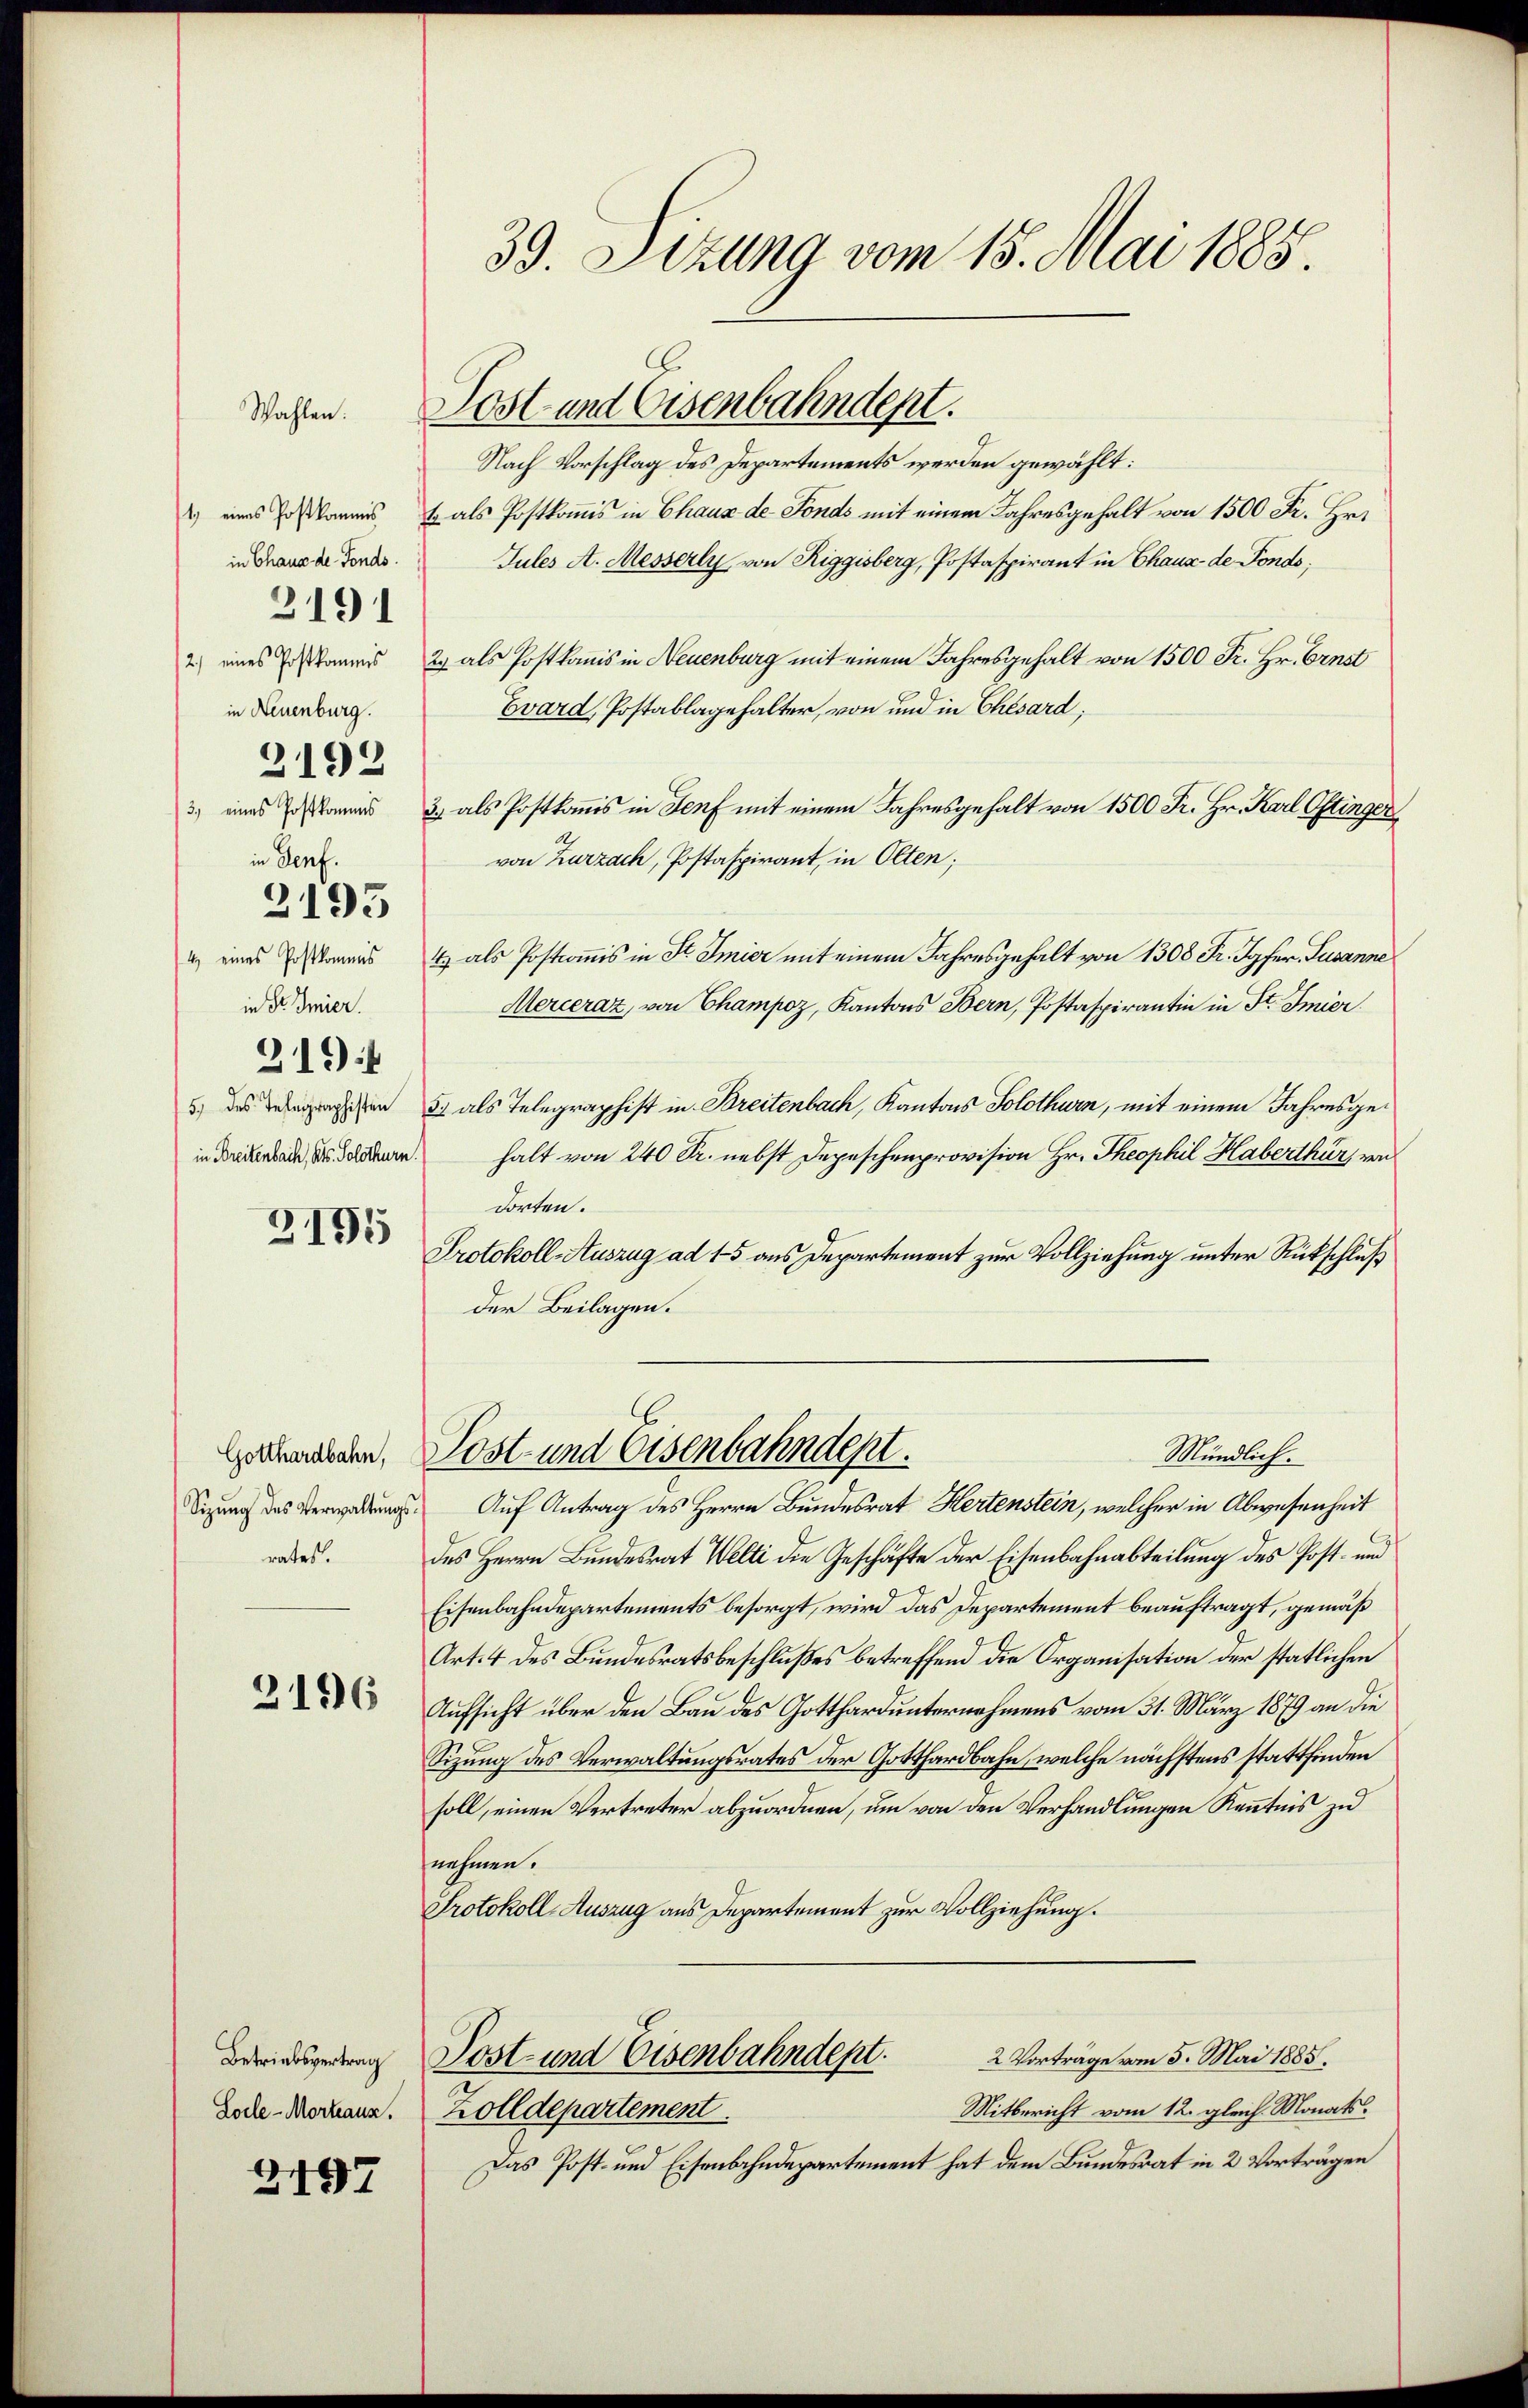
in Chaus de Fonds.
3191
in Neuenburg.
in Genf.
2193
in Dr Smier.
319
in Breitenbach, Kts. Solothurn.

Wahlen.

2192

3191

Gotthardbahn,
Sizung des Verwaltungs
rates.

3196

Betriebsvertrag
Locle-Mortiaus.

2197

39. Sizung vom 15. Mai 1885.

) eines Jostkammes & als Postkomis in Chaux de Fonds mit einem Jahresgehalt von 1500 Fr. Hr.
Jules A. Messerly von Riggisberg, Postaspirant in Chaus de Fondo,
2) eines Erkanns 2. als Postkanis in Neuenburg mit einem Jahresgehalt von 1500 Fr. Hr. Ernst
Evard, Postablagehalter, von und in Ehesard;
3) eines am 3. als Postkomis in Senf mit einem Jahresgehalt von 1500 Fr. Hr. Karl Ostinger
von Zurzach, Postaspirant, in Olten;
2) eines Erstamens & als Postcommis in St. Amier mit einem Jahresgehalt von 1308 Fr. Jgfer. Susanne
Merceraz, von Champoz, Kantons Bern, Postaspirantin in St. Imier
 des eingegen 5. als Telegraphist in Breitenbach, Kantons Solothurn, mit einem Jahresgehalt von 240 Fr. nebst Depeschenprovision Hr. Theophil Haberthür ein
dorten.
Protokoll-Auszug ad 15 aus Departement zur Vollziehung unter Rückschluß
der Beilagen.
Post- und Eisenbahndept.
Mündlich.
Auf Antrag des Herrn Bundesrat Hertenstein, welcher in Abwesenheit
des Herrn Bundesrat Welti die Geschäfte der Eisenbahnabteilung des Post- und
Eisenbahndepartements besorgt, wird das Departement beauftragt, gemäß
Art. 4 des Bundesratsbeschlußes betreffend die Organisation der statlichen
Aufsicht über den Bau des Gotthardunternehmens vom 31. März 1879 an die
Sizung des Verwaltungsrates der Gotthardbahn, welche nächstens stattfinden
soll, einen Vertreter abzuordnen, um von den Verhandlungen Kenntnis zu
nehmen.
Protokoll-Auszug aus Departement zur Vollziehung.
2 Vorträge vom 5. Mai 1885.
Post- und Eisenbahndept.
Mitbericht vom 12. gleich. Monats.
Zolldepartement.
Das Post- und Eisenbahndepartement hat dem Bundesrat in 2 Vorträgen

Post und Eisenbahndept.
Nach Vorschlag des Departements werden gewählt: